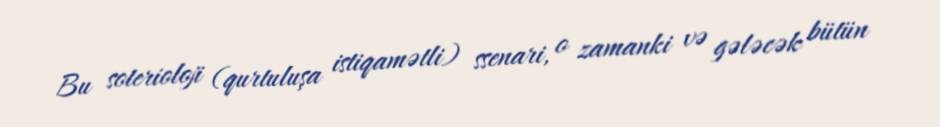
Bu soterioloji (qurtuluşa istiqamətli) ssenari, o zamanki və gələcək bütün